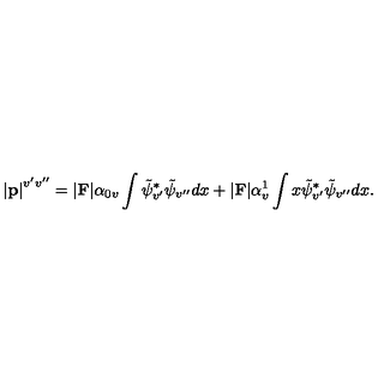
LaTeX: \left| { \bf p } \right| ^ { v ^ { \prime } v ^ { \prime \prime } } = \vert { \bf F } \vert \alpha _ { 0 v } \int \tilde { \psi } _ { v ^ { \prime } } ^ { \ast } \tilde { \psi } _ { v ^ { \prime \prime } } d x + \vert { \bf F } \vert \alpha _ { v } ^ { 1 } \int x \tilde { \psi } _ { v ^ { \prime } } ^ { \ast } \tilde { \psi } _ { v ^ { \prime \prime } } d x .